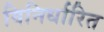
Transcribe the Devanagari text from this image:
विनिर्धारित